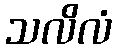
သလိလံ